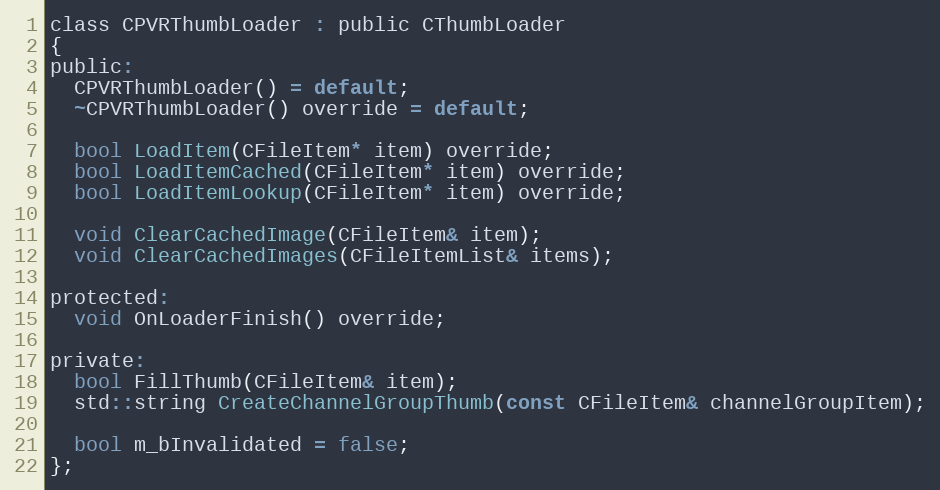
Language: C
class CPVRThumbLoader : public CThumbLoader
{
public:
  CPVRThumbLoader() = default;
  ~CPVRThumbLoader() override = default;

  bool LoadItem(CFileItem* item) override;
  bool LoadItemCached(CFileItem* item) override;
  bool LoadItemLookup(CFileItem* item) override;

  void ClearCachedImage(CFileItem& item);
  void ClearCachedImages(CFileItemList& items);

protected:
  void OnLoaderFinish() override;

private:
  bool FillThumb(CFileItem& item);
  std::string CreateChannelGroupThumb(const CFileItem& channelGroupItem);

  bool m_bInvalidated = false;
};